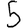
Digit: 5